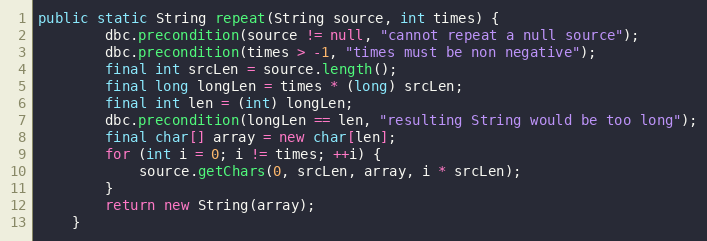
Language: Java
public static String repeat(String source, int times) {
        dbc.precondition(source != null, "cannot repeat a null source");
        dbc.precondition(times > -1, "times must be non negative");
        final int srcLen = source.length();
        final long longLen = times * (long) srcLen;
        final int len = (int) longLen;
        dbc.precondition(longLen == len, "resulting String would be too long");
        final char[] array = new char[len];
        for (int i = 0; i != times; ++i) {
            source.getChars(0, srcLen, array, i * srcLen);
        }
        return new String(array);
    }